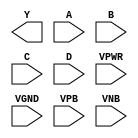
module sky130_fd_sc_ls__nand4 (
    Y   ,
    A   ,
    B   ,
    C   ,
    D   ,
    VPWR,
    VGND,
    VPB ,
    VNB
);

    output Y   ;
    input  A   ;
    input  B   ;
    input  C   ;
    input  D   ;
    input  VPWR;
    input  VGND;
    input  VPB ;
    input  VNB ;
endmodule